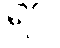
ရဝ